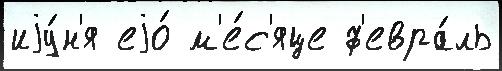
иjу́н'я еjо́ м'е́с'яце ф'евра́ль